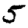
Digit: 5